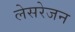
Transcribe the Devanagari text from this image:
लेसरेजन